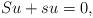
LaTeX: \begin{align*}Su+s u=0,\end{align*}